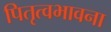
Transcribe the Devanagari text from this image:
पितृत्वभावना